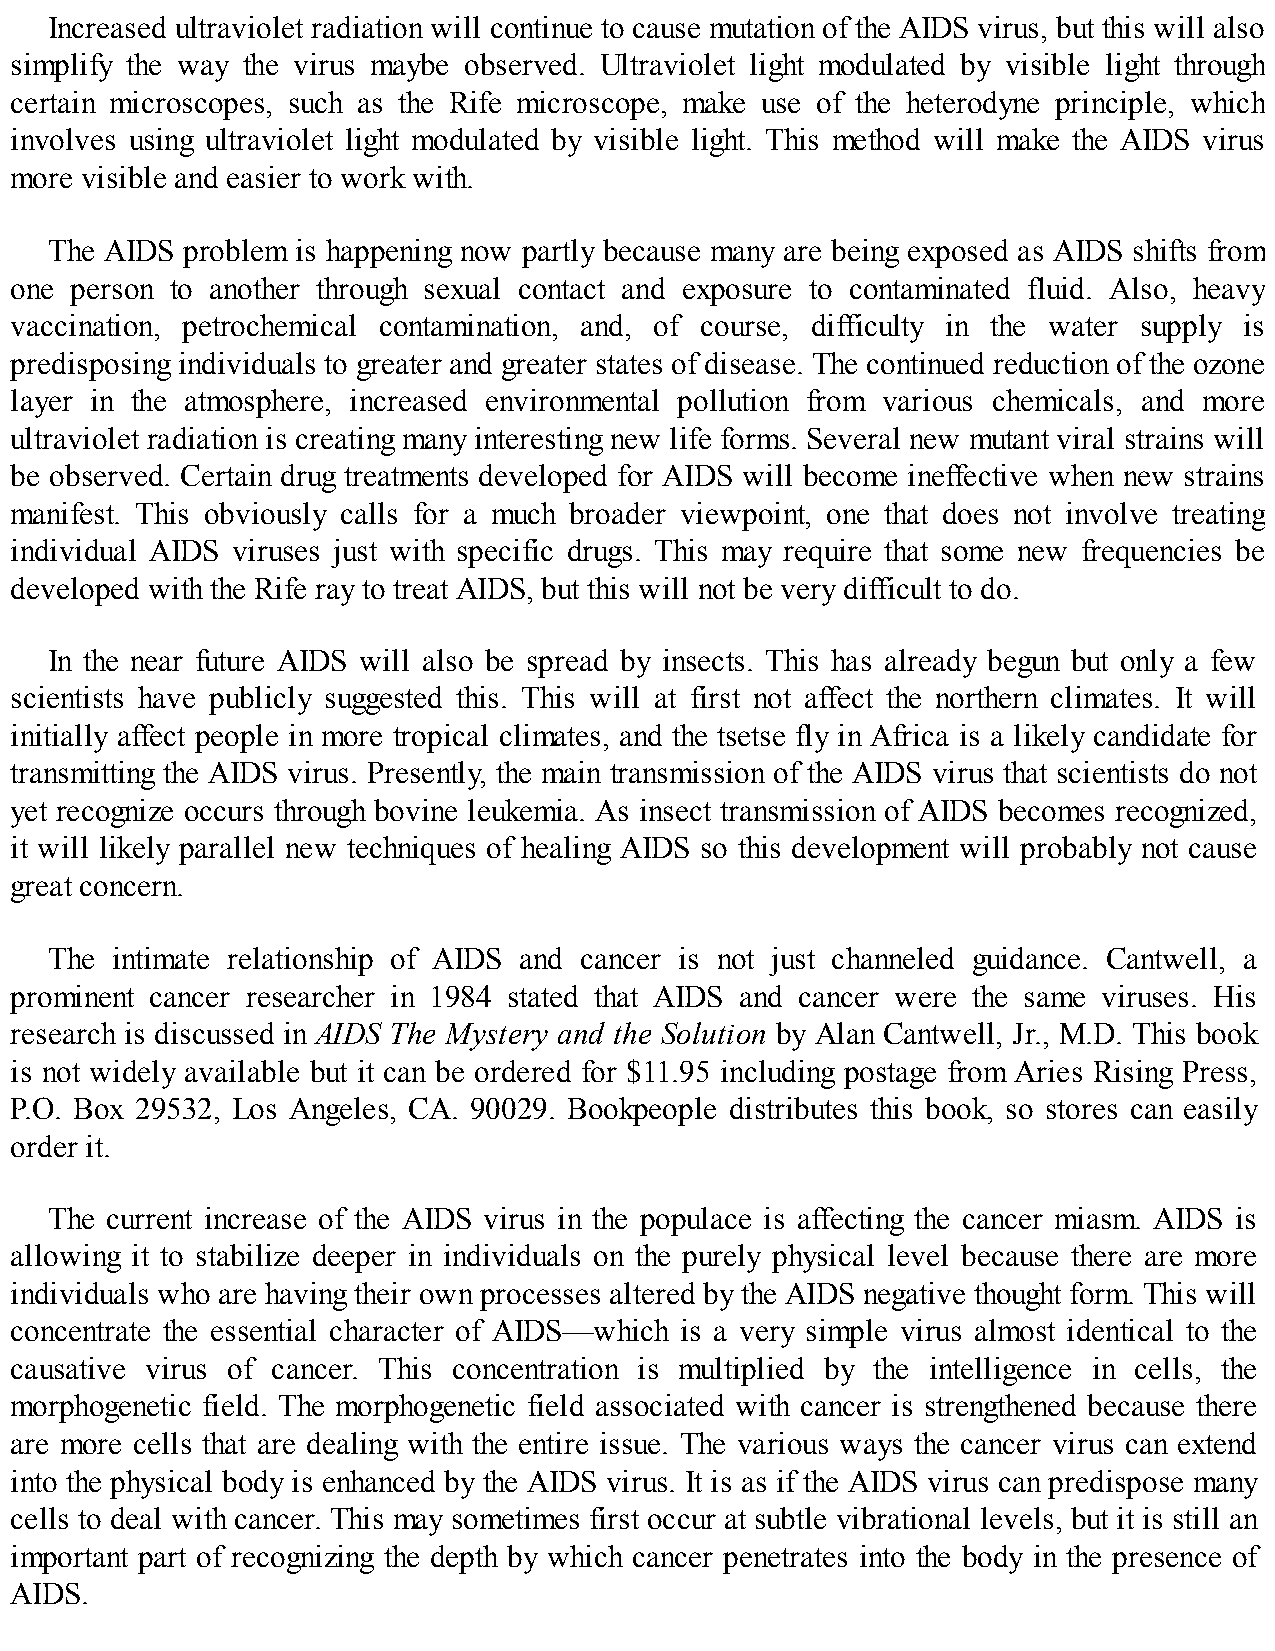
Increased ultraviolet radiation will continue to cause mutation of the AIDS virus, but this will also
 simplify the way the virus maybe observed. Ultraviolet light modulated by visible light through
 certain microscopes, such as the Rife microscope, make use of the heterodyne principle, which
 involves using ultraviolet light modulated by visible light. This method will make the AIDS virus
 more visible and easier to work with.
 The AIDS problem is happening now partly because many are being exposed as AIDS shifts from
 one person to another through sexual contact and exposure to contaminated fluid. Also, heavy
 vaccination, petrochemical contamination, and, of course, difficulty in the water supply is
 predisposing individuals to greater and greater states of disease. The continued reduction of the ozone
 layer in the atmosphere, increased environmental pollution from various chemicals, and more
 ultraviolet radiation is creating many interesting new life forms. Several new mutant viral strains will
 be observed. Certain drug treatments developed for AIDS will become ineffective when new strains
 manifest. This obviously calls for a much broader viewpoint, one that does not involve treating
 individual AIDS viruses just with specific drugs. This may require that some new frequencies be
 developed with the Rife ray to treat AIDS, but this will not be very difficult to do.
 In the near future AIDS will also be spread by insects. This has already begun but only a few
 scientists have publicly suggested this. This will at first not affect the northern climates. It will
 initially affect people in more tropical climates, and the tsetse fly in Africa is a likely candidate for
 transmitting the AIDS virus. Presently, the main transmission of the AIDS virus that scientists do not
 yet recognize occurs through bovine leukemia. As insect transmission of AIDS becomes recognized,
 it will likely parallel new techniques of healing AIDS so this development will probably not cause
 great concern.
 The intimate relationship of AIDS and cancer is not just channeled guidance. Cantwell, a
 prominent cancer researcher in 1984 stated that AIDS and cancer were the same viruses. His
 research is discussed in AIDS The Mystery and the Solution by Alan Cantwell, Jr., M.D. This book
 is not widely available but it can be ordered for $11.95 including postage from Aries Rising Press,
 P.O. Box 29532, Los Angeles, CA. 90029. Bookpeople distributes this book, so stores can easily
 order it.
 The current increase of the AIDS virus in the populace is affecting the cancer miasm. AIDS is
 allowing it to stabilize deeper in individuals on the purely physical level because there are more
 individuals who are having their own processes altered by the AIDS negative thought form. This will
 concentrate the essential character of AIDS—which is a very simple virus almost identical to the
 causative virus of cancer. This concentration is multiplied by the intelligence in cells, the
 morphogenetic field. The morphogenetic field associated with cancer is strengthened because there
 are more cells that are dealing with the entire issue. The various ways the cancer virus can extend
 into the physical body is enhanced by the AIDS virus. It is as if the AIDS virus can predispose many
 cells to deal with cancer. This may sometimes first occur at subtle vibrational levels, but it is still an
 important part of recognizing the depth by which cancer penetrates into the body in the presence of
 AIDS.